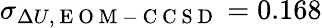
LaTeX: \sigma_{\Delta U,\mathrm{~E~O~M~-~C~C~S~D~}}=0.168